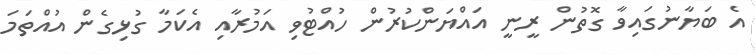
އެ ބަޔާނުގައިވާ ގޮތުން ރީނީ އައްޔަންކުރުން ހުއްޓުވި އަމުރާއި އެކަމާ ގުޅިގެން އުއްތަމަ